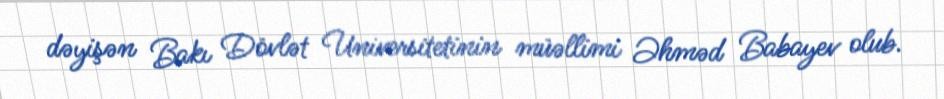
dəyişən Bakı Dövlət Universitetinin müəllimi Əhməd Babayev olub.